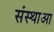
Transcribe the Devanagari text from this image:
संस्थाआ